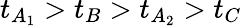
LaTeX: t_{A_{1}}>t_{B}>t_{A_{2}}>t_{C}